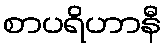
စာပရိဟာနီ